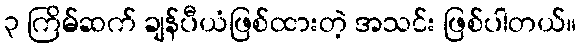
၃ ကြိမ်ဆက် ချန်ပီယံဖြစ်ထားတဲ့ အသင်း ဖြစ်ပါတယ်။